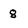
Character: 8